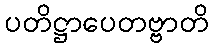
ပတိဋ္ဌာပေတဗ္ဗာတိ